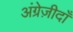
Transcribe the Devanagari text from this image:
अंग्रेज़ीदाँ